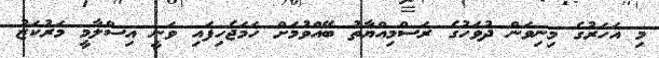
މި އަހަރުގެ މިނިވަން ދުވަހުގެ ރަސްމިއްޔާތު ބޭއްވުމަށް ހަމަޖެހިފައި ވަނީ އިސްލާމީ މަރުކަޒު